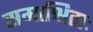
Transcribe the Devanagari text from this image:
समाश्रिताः